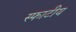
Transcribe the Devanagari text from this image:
स्फाटीय